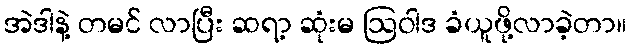
အဲဒါနဲ့ တမင် လာပြီး ဆရာ့ ဆုံးမ ဩဝါဒ ခံယူဖို့လာခဲ့တာ။